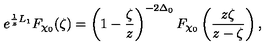
e ^ { { \frac { 1 } { z } } L _ { 1 } } F _ { \chi _ { 0 } } ( \zeta ) = \left( 1 - { \frac { \zeta } { z } } \right) ^ { - 2 \Delta _ { 0 } } F _ { \chi _ { 0 } } \left( { \frac { z \zeta } { z - \zeta } } \right) ,